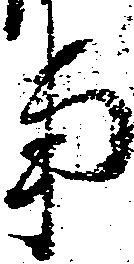
事